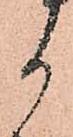
御